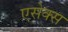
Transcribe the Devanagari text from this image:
एसेक्‍स